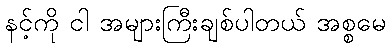
နင့်ကို ငါ အများကြီးချစ်ပါတယ် အစ္စမေ